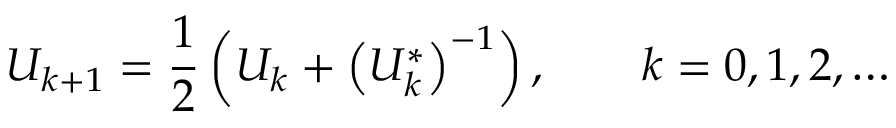
U _ { k + 1 } = { \frac { 1 } { 2 } } \left( U _ { k } + \left( U _ { k } ^ { * } \right) ^ { - 1 } \right) , \qquad k = 0 , 1 , 2 , \ldots